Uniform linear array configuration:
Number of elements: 24
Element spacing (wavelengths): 1
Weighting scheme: binomial
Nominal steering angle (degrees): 60
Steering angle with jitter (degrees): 58.397
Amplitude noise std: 0.05
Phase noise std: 0.05

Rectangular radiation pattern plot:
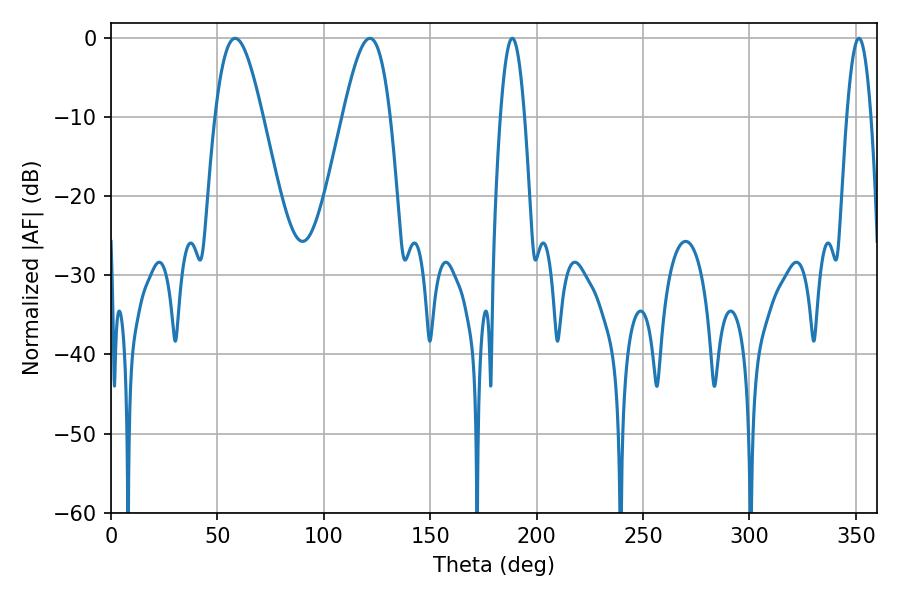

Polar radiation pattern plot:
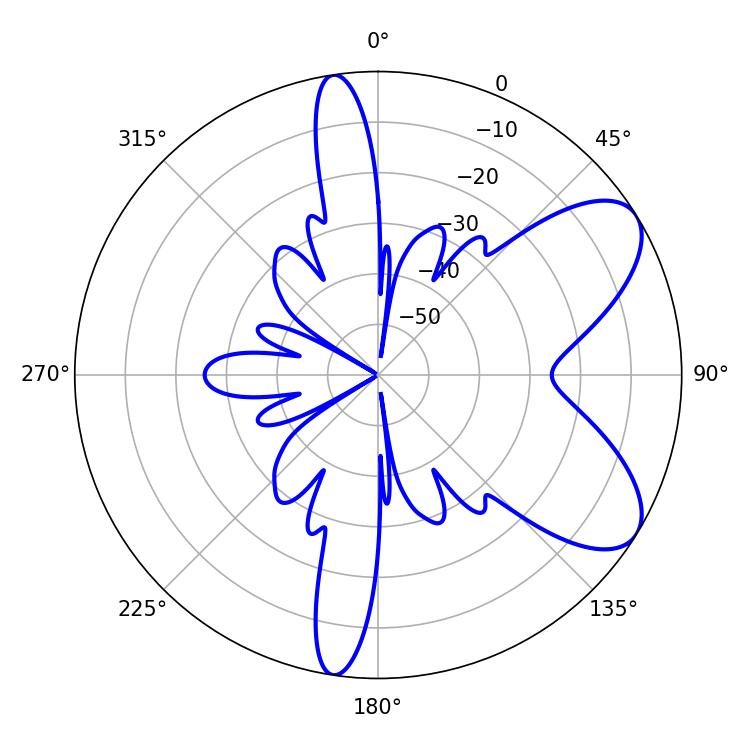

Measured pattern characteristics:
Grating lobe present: TRUE
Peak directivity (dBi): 7.459
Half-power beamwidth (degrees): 11.88
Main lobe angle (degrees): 58.32